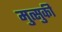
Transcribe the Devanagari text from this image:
मुत्सुकी